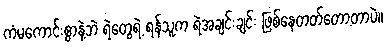
ကံမကောင်းစွာနဲ့ဘဲ ရဲတွေရဲ့ ရန်သူက ရဲအချင်းချင်း ဖြစ်နေတတ်တော့တာပဲ။